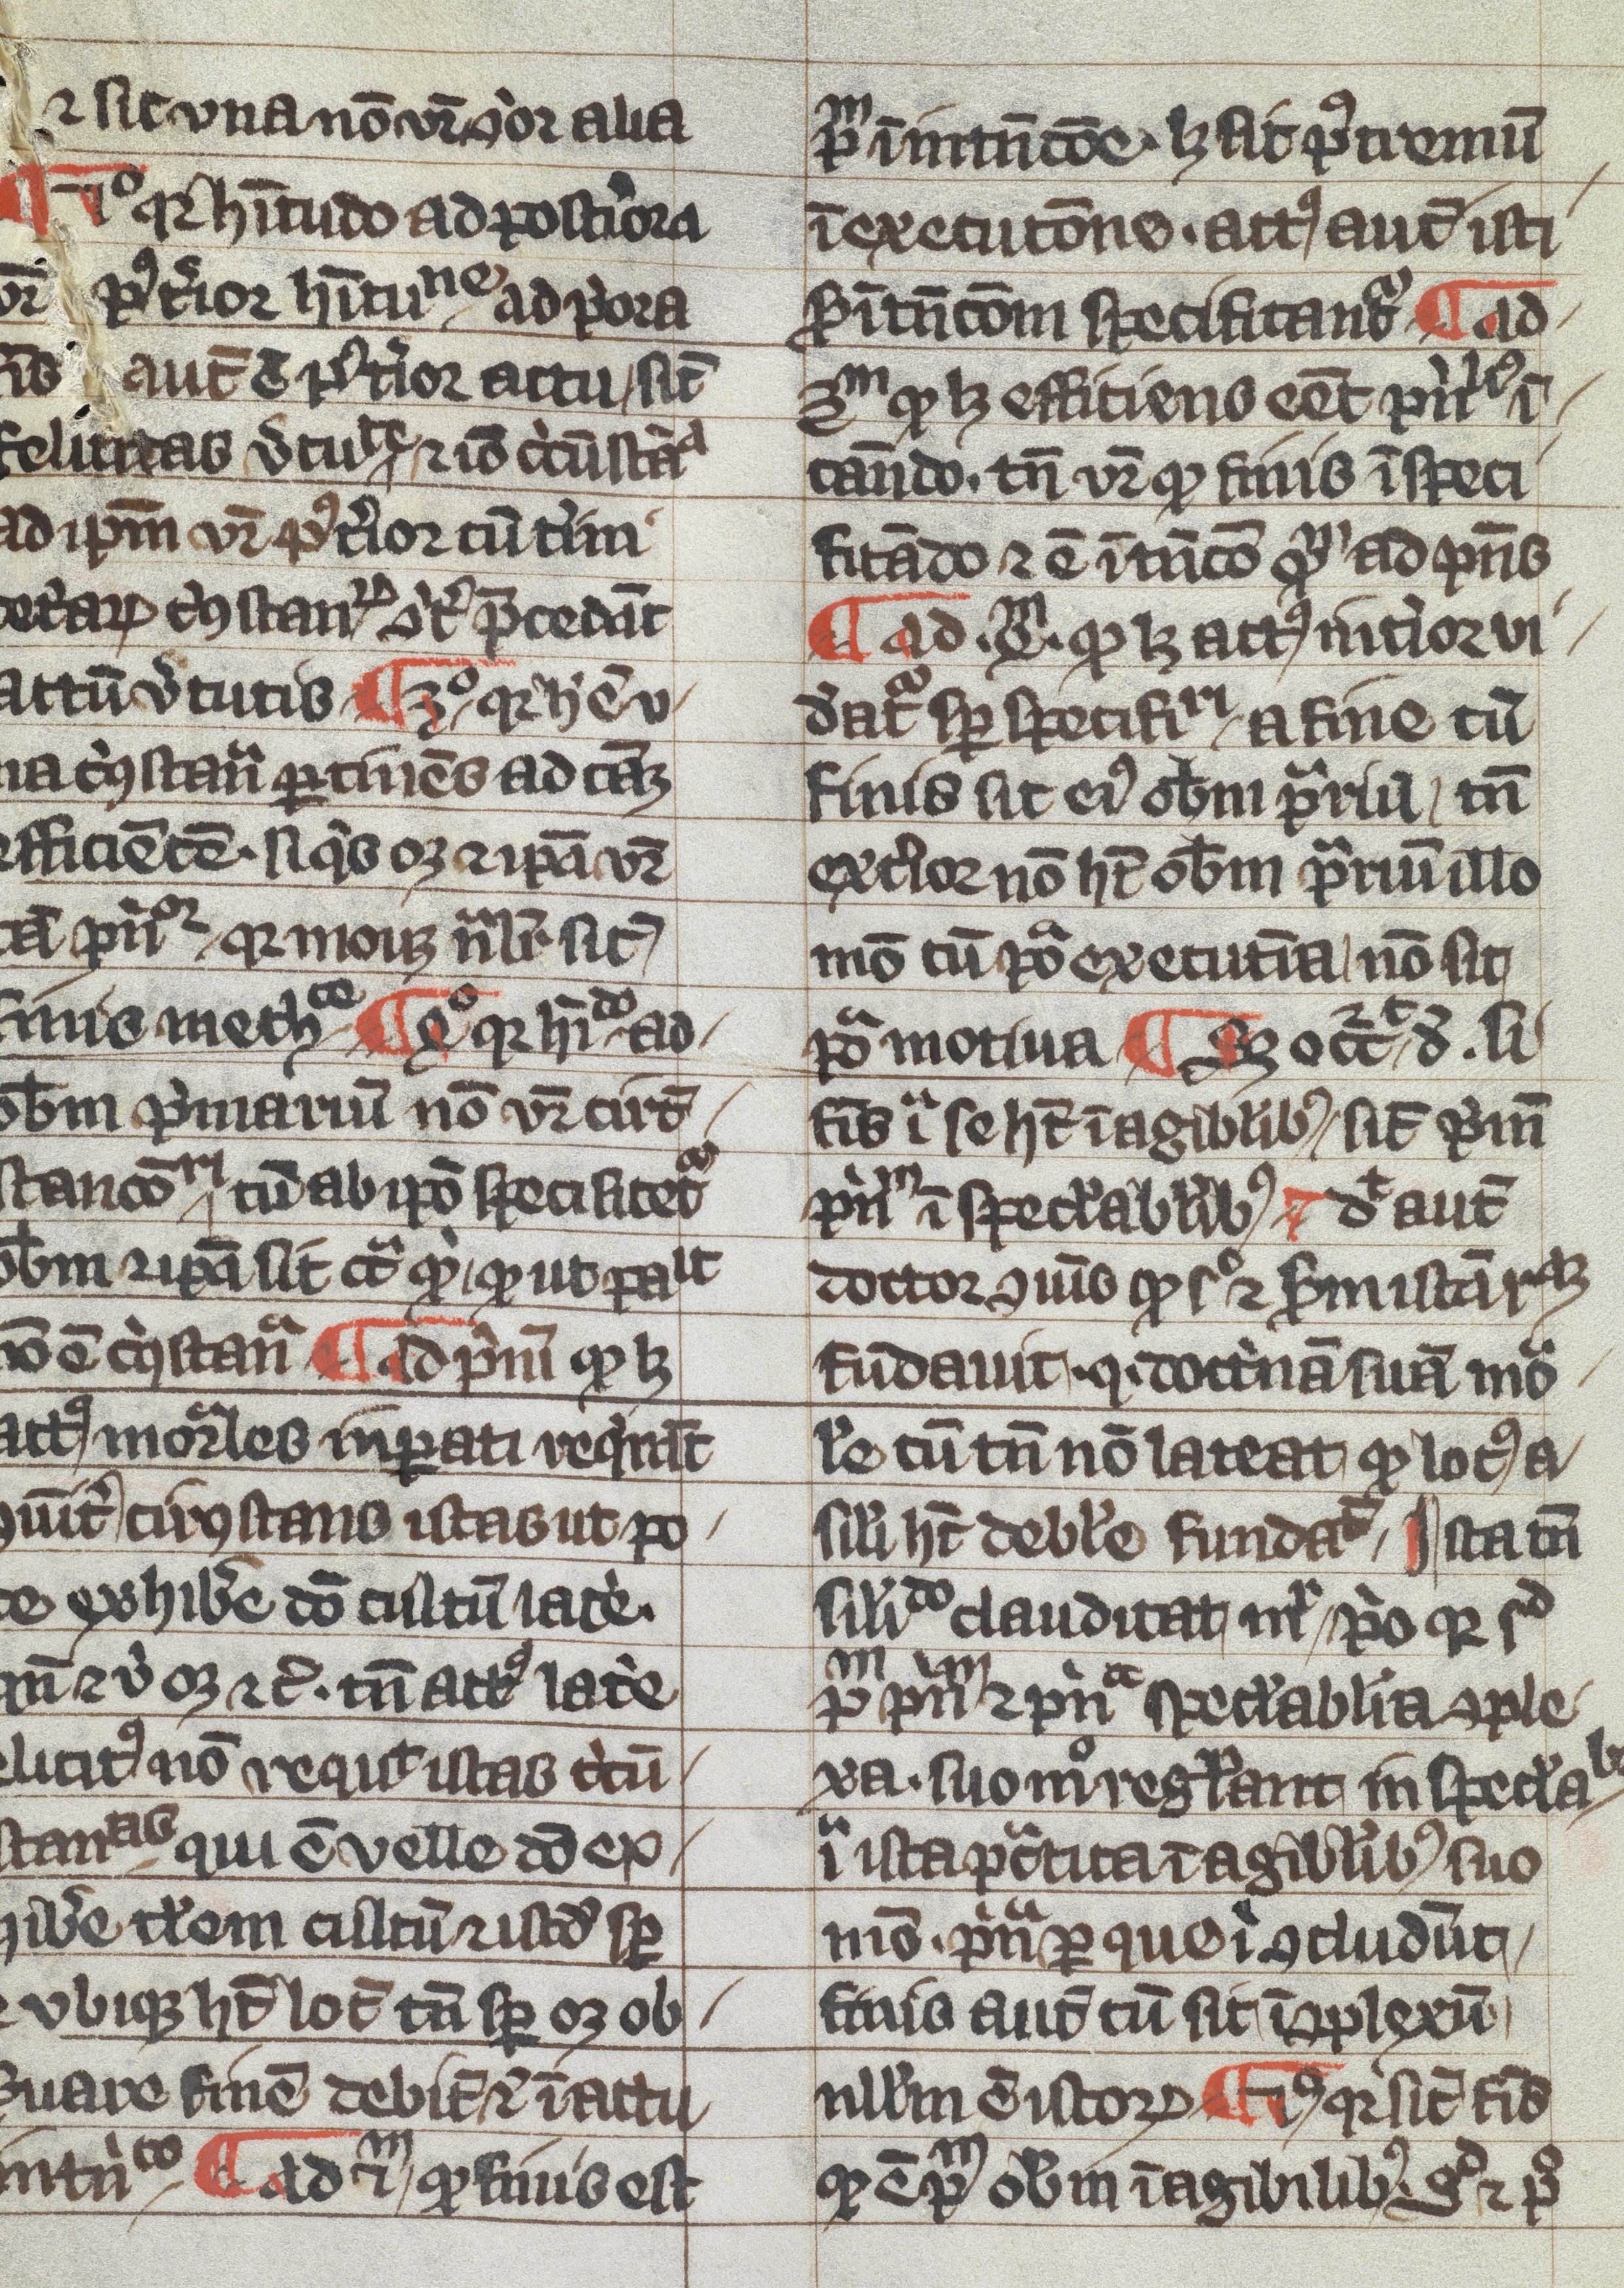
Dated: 1300–1399